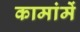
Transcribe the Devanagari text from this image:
कामांमें